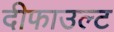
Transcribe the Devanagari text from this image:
दीफाउल्ट